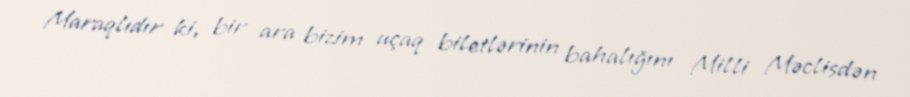
Maraqlıdır ki, bir ara bizim uçaq biletlərinin bahalığını Milli Məclisdən